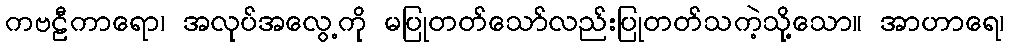
ကဗဠီကာရော၊ အလုပ်အလွေ့ကို မပြုတတ်သော်လည်းပြုတတ်သကဲ့သို့သော။ အာဟာရေ၊